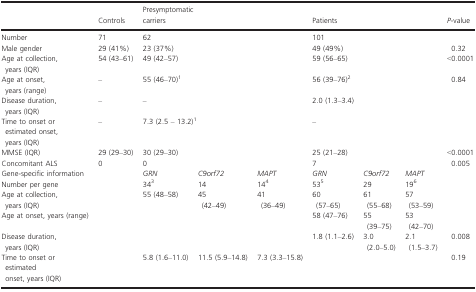
|  | Controls | <COLSPAN=3> Presymptomatic carriers | <COLSPAN=3> Patients | P‐value |
 | --- | --- | --- | --- | --- | --- | --- | --- | --- |
 | Number | 71 | <COLSPAN=3> 62 | <COLSPAN=3> 101 |  |
 | Male gender | 29 (41%) | <COLSPAN=3> 23 (37%) | <COLSPAN=3> 49 (49%) | 0.32 |
 | Age at collection, years (IQR) | 54 (43–61) | <COLSPAN=3> 49 (42–57) | <COLSPAN=3> 59 (56–65) | <0.0001 |
 | Age at onset, years (range) | – | <COLSPAN=3> 55 (46–70)a | <COLSPAN=3> 56 (39–76)b | 0.84 |
 | Disease duration, years (IQR) | – | <COLSPAN=3> – | <COLSPAN=3> 2.0 (1.3–3.4) |  |
 | Time to onset or estimated onset, years (IQR) | – | <COLSPAN=3> 7.3 (2.5 – 13.2)a | <COLSPAN=3> – |  |
 | MMSE (IQR) | 29 (29–30) | <COLSPAN=3> 30 (29–30) | <COLSPAN=3> 25 (21–28) | <0.0001 |
 | Concomitant ALS | 0 | <COLSPAN=3> 0 | <COLSPAN=3> 7 | 0.005 |
 | Gene‐specific information |  | GRN | C9orf72 | MAPT | GRN | C9orf72 | MAPT |  |
 | Number per gene |  | 34c | 14 | 14d | 53e | 29 | 19f |  |
 | Age at collection, years (IQR) |  | 55 (48–58) | 45 (42–49) | 41 (36–49) | 60 (57–65) | 61 (55–68) | 57 (53–59) |  |
 | Age at onset, years (range) |  |  |  |  | 58 (47–76) | 55 (39–75) | 53 (42–70) |  |
 | Disease duration, years (IQR) |  |  |  |  | 1.8 (1.1–2.6) | 3.0 (2.0–5.0) | 2.1 (1.5–3.7) | 0.008 |
 | Time to onset or estimated onset, years (IQR) |  | 5.8 (1.6–11.0) | 11.5 (5.9–14.8) | 7.3 (3.3–15.8) |  |  |  | 0.19 |